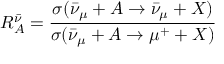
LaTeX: R _ { A } ^ { \bar { \nu } } = \frac { \sigma ( \bar { \nu } _ { \mu } + A \to \bar { \nu } _ { \mu } + X ) } { \sigma ( \bar { \nu } _ { \mu } + A \to \mu ^ { + } + X ) }